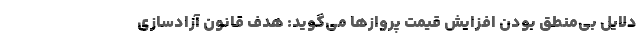
دلایل بی‌منطق بودن افزایش قیمت پروازها می‌گوید: هدف قانون آزادسازی